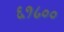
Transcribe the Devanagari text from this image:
६१८००